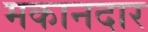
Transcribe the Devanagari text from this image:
मकानदार